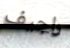
راجيف